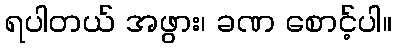
ရပါတယ် အဖွား၊ ခဏ စောင့်ပါ။